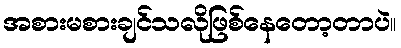
အစားမစားချင်သလိုဖြစ်နေတော့တာပဲ။